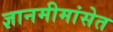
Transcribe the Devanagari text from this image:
ज्ञानमीमांसेत